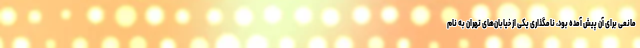
مانعی برای آن پیش آمده بود، نامگذاری یکی از خیابان‌های تهران به نام